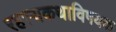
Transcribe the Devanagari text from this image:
रहस्यकथाविषयक